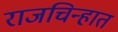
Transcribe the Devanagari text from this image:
राजचिन्हात